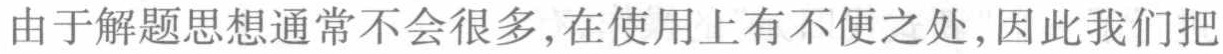
由于解题思想通常不会很多,在使用上有不便之处,因此我们把